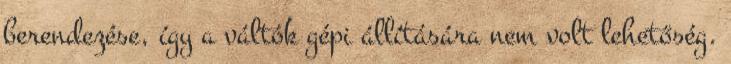
berendezése, így a váltók gépi állítására nem volt lehetőség.